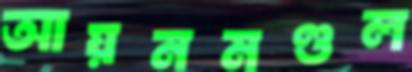
আয়নমণ্ডল